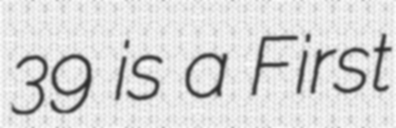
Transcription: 39 is a First